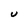
Character: U